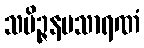
သမိဉ္ဇနပသာရဏံ